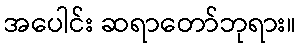
အပေါင်း ဆရာတော်ဘုရား။